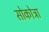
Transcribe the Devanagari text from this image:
सोकोत्रा